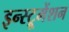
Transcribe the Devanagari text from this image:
इन्‍स्ट्रूमेंशन